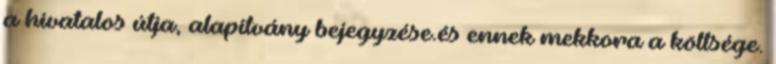
a hivatalos útja, alapítvány bejegyzése.és ennek mekkora a költsége.